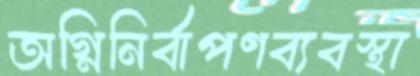
অগ্নিনির্বাপণব্যবস্থা